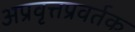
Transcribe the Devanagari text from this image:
अप्रवृत्तप्रवर्तक